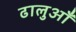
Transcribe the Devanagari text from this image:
ढालुआँ